Document type: Emphyteutic lease
Year: 1283
Scribe: Pere Marquès
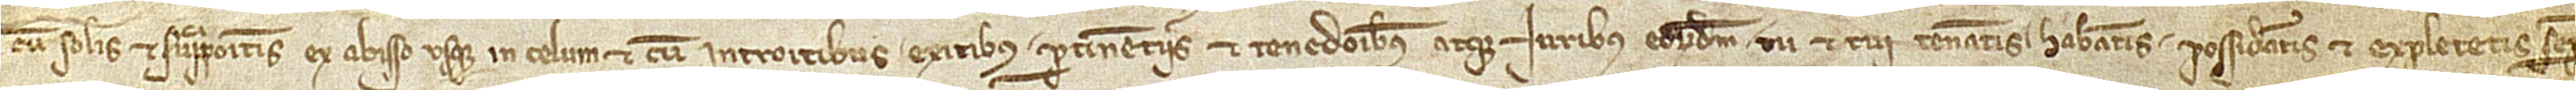
cum solis et suprapositis ex abisso usque in celum, et cum introitibus, exitibus, pertinenciis et tenedonibus atque iuribus eorumdem, tu et tui teneatis, habeatis, possideatis et expletetis semper